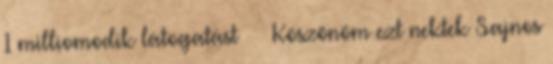
1 milliomodik látogatást 🎉 😍 Köszönöm ezt nektek Sajnos